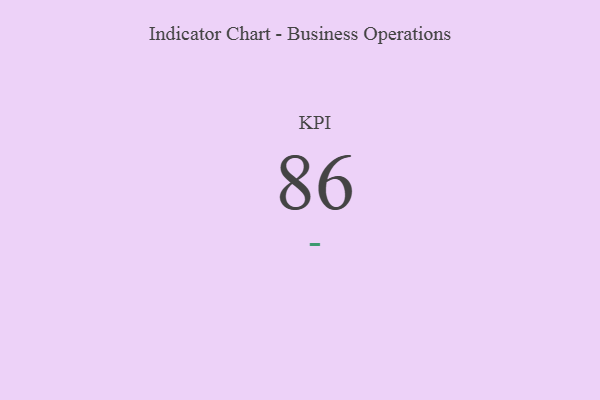
{"axis": {"x": "KPI", "y": "Value"}, "legend": [""], "data": [{"x": "KPI", "y": 86, "type": ""}]}